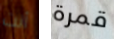
أنت قمرة